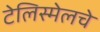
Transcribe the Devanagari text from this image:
टेलिस्मेलचे